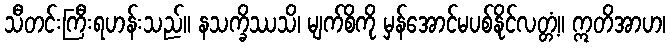
သီတင်းကြီးရဟန်းသည်။ နသက္ခိဿသိ၊ မျက်စိကို မှန်အောင်မပစ်နိုင်လတ္တံ့။ ဣတိအာဟ၊